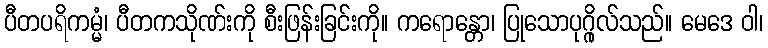
ပီတပရိကမ္မံ၊ ပီတကသိုဏ်းကို စီးဖြန်းခြင်းကို။ ကရောန္တော၊ ပြုသောပုဂ္ဂိုလ်သည်။ မေဒေ ဝါ၊